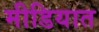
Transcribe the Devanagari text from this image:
मीडियात